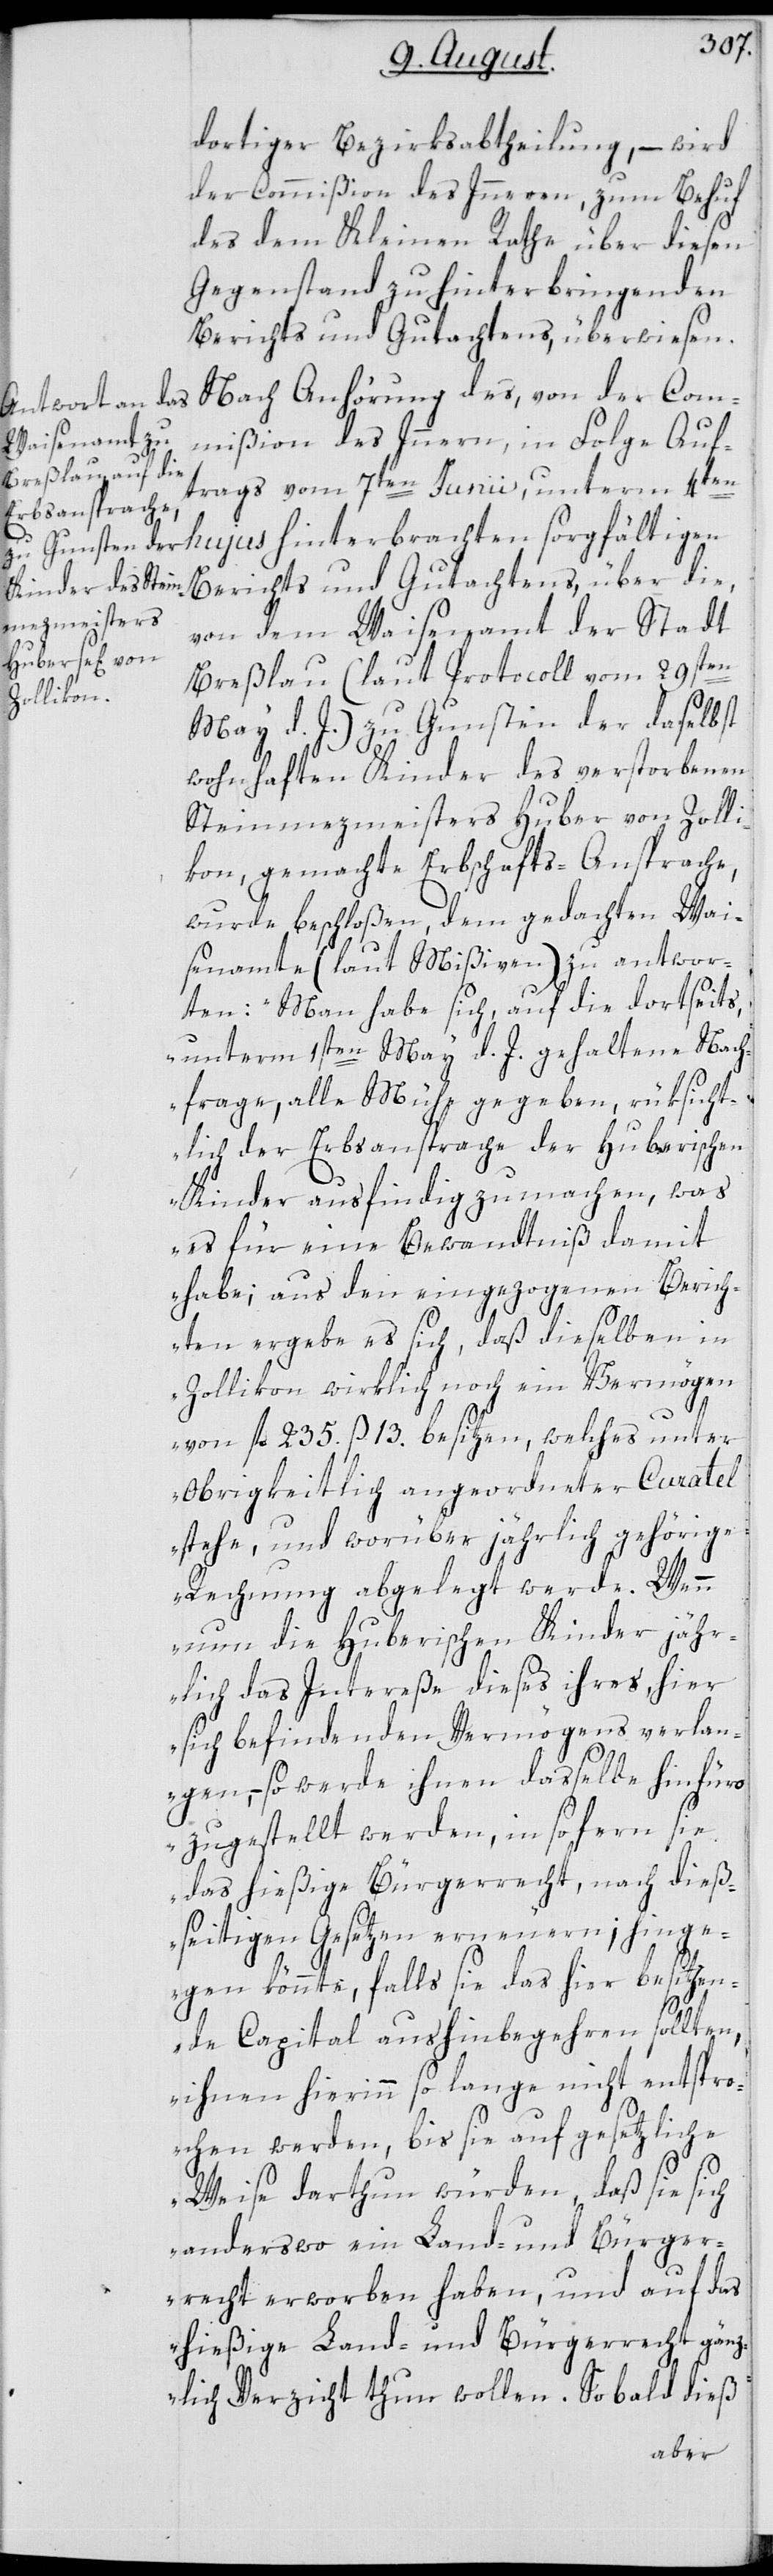
dortiger Bezirksabtheilung, – wird
der Commißion des Innern zum Behuf
des dem Kleinen Rathe über diesen
Gegenstand zu hinterbringenden
Berichts und Gutachtens überwiesen.
Nach Anhörung des, von der Com¬
mißion des Innern, in Folge Auf¬
trags vom 7ten Junii, unterm 4ten
hujus hinterbrachten sorgfältigen
Berichts und Gutachtens, über die,
von dem Waisenamt der Stadt
Breßlau (laut Protocoll vom 29sten
May d. J.) zu Gunsten der daselbst
wohnhaften Kinder des verstorbenen
Steinmezmeisters Huber von Zolli¬
kon, gemachte Erbschafts-Ansprache,
wurde beschloßen, dem gedachten Wai¬
senamte (laut Mißiven) zu antwor¬
ten: „Man habe sich auf die dortseits,
unterm 1sten May d. J. gehaltene Nach¬
frage, alle Mühe gegeben, rüksicht¬
lich der Erbsansprache der Huberischen
Kinder ausfindig zu machen, was
es für eine Bewandtniß damit
habe; aus den eingezogenen Berich¬
ten ergebe es sich, daß dieselben in
Zollikon wirklich noch ein Vermögen
von fl. 235. ß 13. besitzen, welches unter
obrigkeitlich angeordneter Curatel
stehe, und worüber jährlich gehörige
Rechnung abgelegt werde. Wenn
nun die Huberischen Kinder jähr¬
lich das Intereße dieses ihres, hier
sich befindenden Vermögens verlan¬
gen, – so werde ihnen dasselbe hinfüro
zugestellt werden, in so fern sie
das hießige Bürgerrecht, nach dieß¬
seitigen Gesetzen erneuern; hinge¬
gen könnte, falls sie das hier besitzen¬
de Capital aushin begehren sollten,
ihnen hierinn so lange nicht entspr¬
ochen werden, bis sie auf gesetzliche
Weise darthun würden, daß sie sich
anderswo ein Land- und Bürger¬
recht erworben haben, und auf das
hießige Land- und Bürgerrecht gänz¬
lich Verzicht thun wollen. So bald dieß